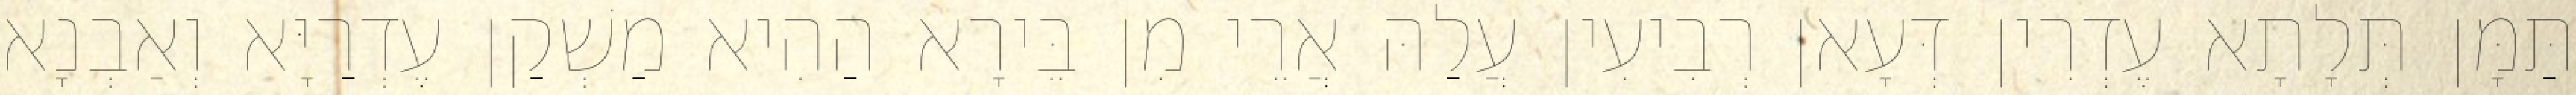
תַּמָּן תְּלָתָא עֶדְרִין דְּעָאן רְבִיעִין עֲלַהּ אֲרֵי מִן בֵּירָא הַהִיא מַשְׁקַן עֶדְרַיָּא וְאַבְנָא